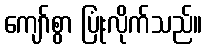
ကျော်စွာ ပြုံးလိုက်သည်။